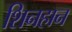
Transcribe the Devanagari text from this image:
शिनहान